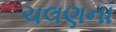
ચલણના